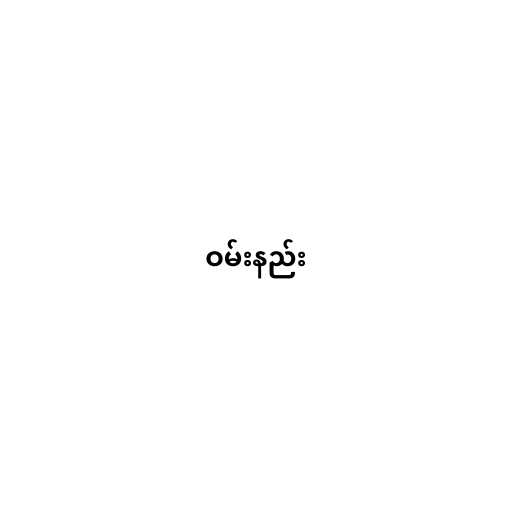
ဝမ်းနည်း